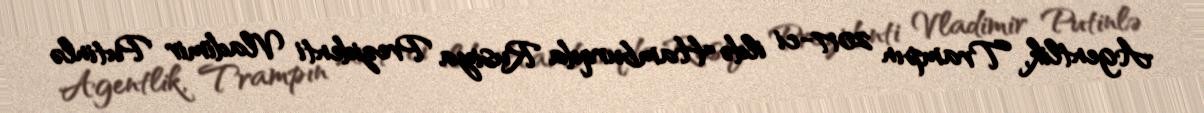
Agentlik, Trampın 2017-ci ildə Hamburqda Rusiya Prezidenti Vladimir Putinlə